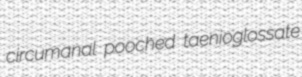
circumanal pooched taenioglossate